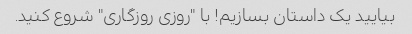
بیایید یک داستان بسازیم! با "روزی روزگاری" شروع کنید.